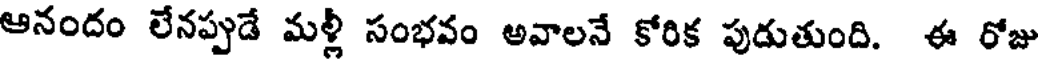
ఆనందం లేనప్పుడే మళ్లీ సంభవం అవాలనే కోరిక పుడుతుంది. ఈ రోజు